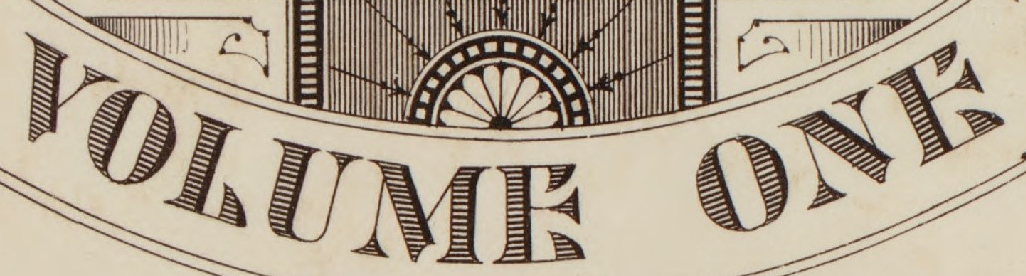
VOLUME ONE